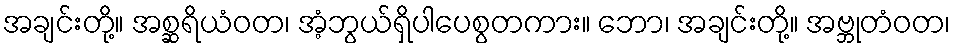
အချင်းတို့။ အစ္ဆရိယံဝတ၊ အံ့ဘွယ်ရှိပါပေစွတကား။ ဘော၊ အချင်းတို့။ အဗ္ဘုတံဝတ၊